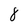
Character: 8